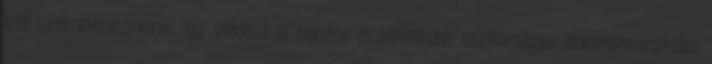
kell szembenéznünk, így például a pontos érzékeléssel, biztonságos döntéshozatallal